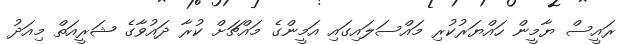
ރައީސް ޔާމީން ހައްޔަރުކުރި މައްސަލައިގައި އަމީންގެ މައްޗަށް ކުރާ ދައުވާގެ ޝަރީއަތް މިއަދު